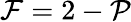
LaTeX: \mathcal{F}=2-\mathcal{P}